Papers set at the Examination for Leaving Certificates, 1892
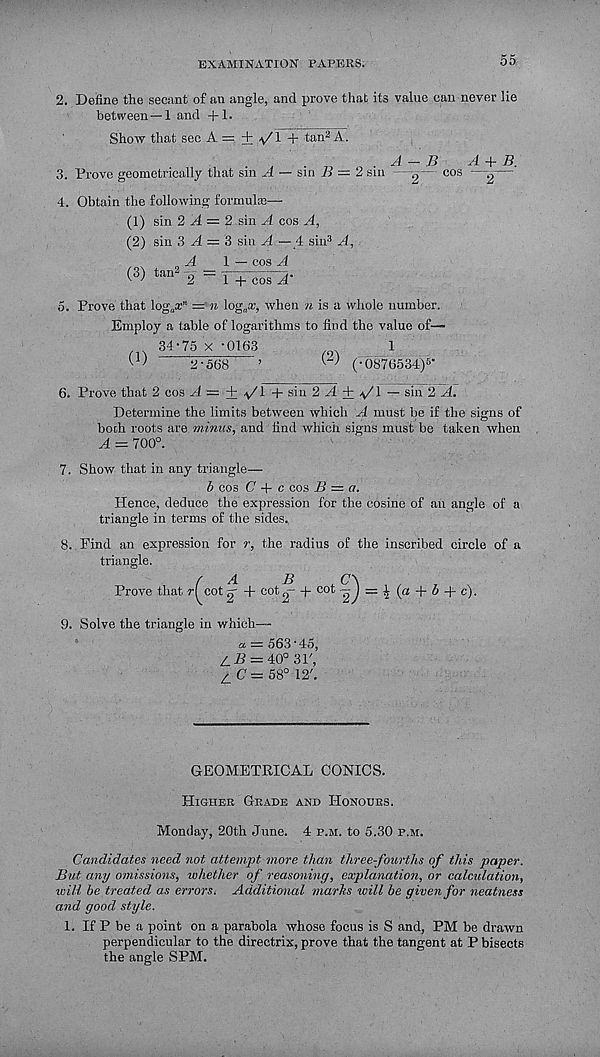
EXAMINATION PAPERS.
55
2. Define the secant of an angle, and prove that its value can never lie
between —1 and +1.
2 sin
B
A + B.
— COS '——
Show that see A. = + */\ + tan 2 A.
3. Prove geometrically that sin A — sin B =
4. Obtain the following formulas—
(1) sin 2 a! = 2 sin A. cos A,
(2) sin 3 Al = 3 sin A — 4: sin 3 A,
„ A
1 — cos A
(3) tan 3 - 0 - = v—,
v.
v '
2
1 + cos A
5. Prove that log^" — n log„a;, when n is a whole number.
Employ a table of logarithms to find the value of—
3D75 x -0163
1
^
2-568
’
^ > ("0876534) 5 ’
6. Prove that 2 cos A — + ^/1 + siu 2 ^4 + a/I — sin 2 A.
Determine the limits between which A must be if the signs of
booh roots are minus, and find which signs must be taken when
A - 700°.
7. Show that in any triangle—
b cos C + c cos B = a.
Hence, deduce the expression for the cosine of an angle of a
triangle in terms of the sides.
8. Find an expression for r, the radius of the inscribed circle of a
triangle.
/ A
B
C\
...
Prove that ?•[ cot g- + cot^- + c°t 2 J — 4 (a + 5 + c).
9. Solve the triangle in which—
a = 563" 45,
tB^ 40° 31',
^ (7 = 58° 12'.
GEOMETRICAL CONICS.
Higher Grade and Honours.
Monday, 20th June. 4 p.m. to 5.30 p.m.
Candidates need not attempt more than three-fourths of this paper.
But any omissions, whether of reasoning, explanation, or calculation,
will be treated as errors. Additional marks ivill be given for neatness
and good style.
1. If P be a point on a parabola whose focus is S and, PM be drawn
perpendicular to the directrix, prove that the tangent at P bisects
the angle SPM.